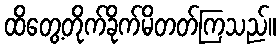
ထိတွေ့တိုက်ခိုက်မိတတ်ကြသည်။